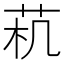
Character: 𱽟